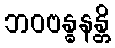
ဘဝဗန္ဓနန္တိ